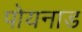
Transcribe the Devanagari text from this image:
पोयनाड